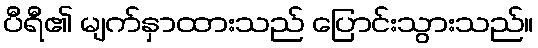
ပီရီ၏ မျက်နှာထားသည် ပြောင်းသွားသည်။